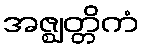
အဇ္ဈတ္တိကံ